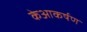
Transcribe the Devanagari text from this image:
केआकर्षण